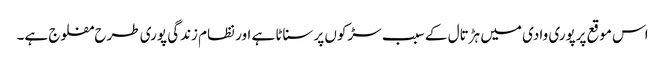
اس موقع پرپوری وادی میں ہڑتال کے سبب سڑکوں پر سناٹا ہے اور نظام زندگی پوری طرح مفلوج ہے۔